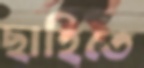
ছাহিতে